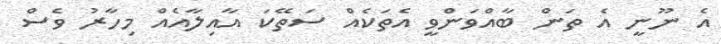
އެ ނޫނީ އެ ތަން ބާއްވަންވީ އެތަކެއް ސަތޭކަ އާއިލާއެއް މިހާރު ވެސް